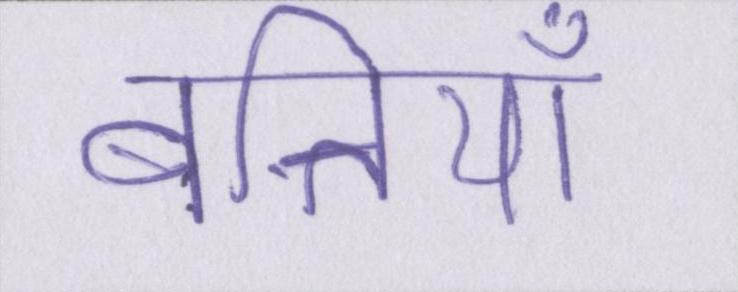
बत्तियाँ